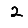
Digit: 2